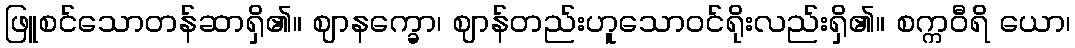
ဖြူစင်သောတန်ဆာရှိ၏။ ဈာနက္ခော၊ ဈာန်တည်းဟူသောဝင်ရိုးလည်းရှိ၏။ စက္ကဝီရိ ယော၊